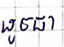
ដូចជា